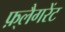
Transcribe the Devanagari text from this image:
फ़्लैगरेंट